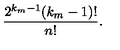
\frac { 2 ^ { k _ { m } - 1 } ( k _ { m } - 1 ) ! } { n ! } .